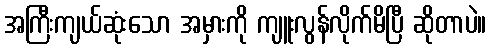
အကြီးကျယ်ဆုံးသော အမှားကို ကျူးလွန်လိုက်မိပြီ ဆိုတာပဲ။